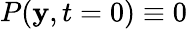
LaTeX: P(\mathbf{y},t=0)\equiv 0